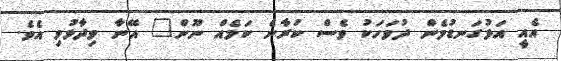
އެއީ އަޅުގަނޑުމެން ދުވަހަކު ވެސް ކުރާނެ ކަމެއް ނޫން" އޭނާ ވިދާޅުވި އެވެ.